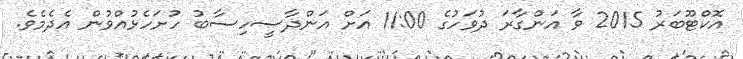
އޮކްޓޫބަރު 2015 ވާ އަންގާރަ ދުވަހުގެ 11:00 އަށް އަންދާސީހިސާބު ހުށަހެޅުއްވުން އެދެމެވެ.